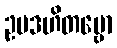
ဥပဒဟိတဗ္ဗော